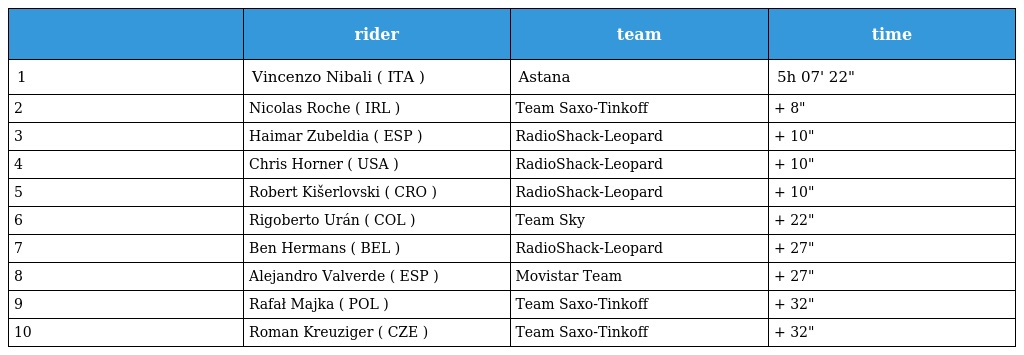
|  | rider | team | time |
 | --- | --- | --- | --- |
 | 1 | Vincenzo Nibali ( ITA ) | Astana | 5h 07' 22" |
 | 2 | Nicolas Roche ( IRL ) | Team Saxo-Tinkoff | + 8" |
 | 3 | Haimar Zubeldia ( ESP ) | RadioShack-Leopard | + 10" |
 | 4 | Chris Horner ( USA ) | RadioShack-Leopard | + 10" |
 | 5 | Robert Kišerlovski ( CRO ) | RadioShack-Leopard | + 10" |
 | 6 | Rigoberto Urán ( COL ) | Team Sky | + 22" |
 | 7 | Ben Hermans ( BEL ) | RadioShack-Leopard | + 27" |
 | 8 | Alejandro Valverde ( ESP ) | Movistar Team | + 27" |
 | 9 | Rafał Majka ( POL ) | Team Saxo-Tinkoff | + 32" |
 | 10 | Roman Kreuziger ( CZE ) | Team Saxo-Tinkoff | + 32" |